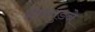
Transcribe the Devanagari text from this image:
हॉपगुडने